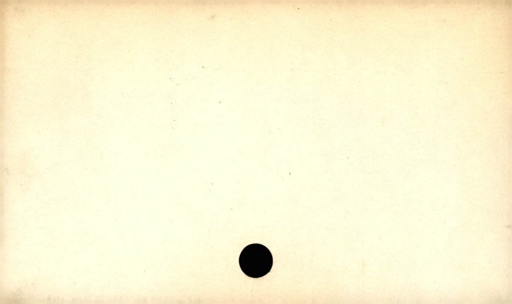
Label: blank